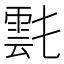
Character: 𩃌